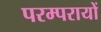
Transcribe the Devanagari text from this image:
परम्परायों